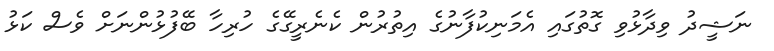
ނަޝީދު ވިދާޅުވި ގޮތުގައި އެމަނިކުފާނުގެ އިތުރުން ކެނެރީގޭގެ ހުރިހާ ބޭފުޅުންނަށް ވެސް ކަޅު